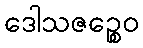
ဒေါသဇဉ္စေဝ